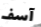
آسف